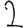
Digit: 2